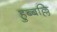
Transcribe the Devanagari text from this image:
हुब्बल्लि